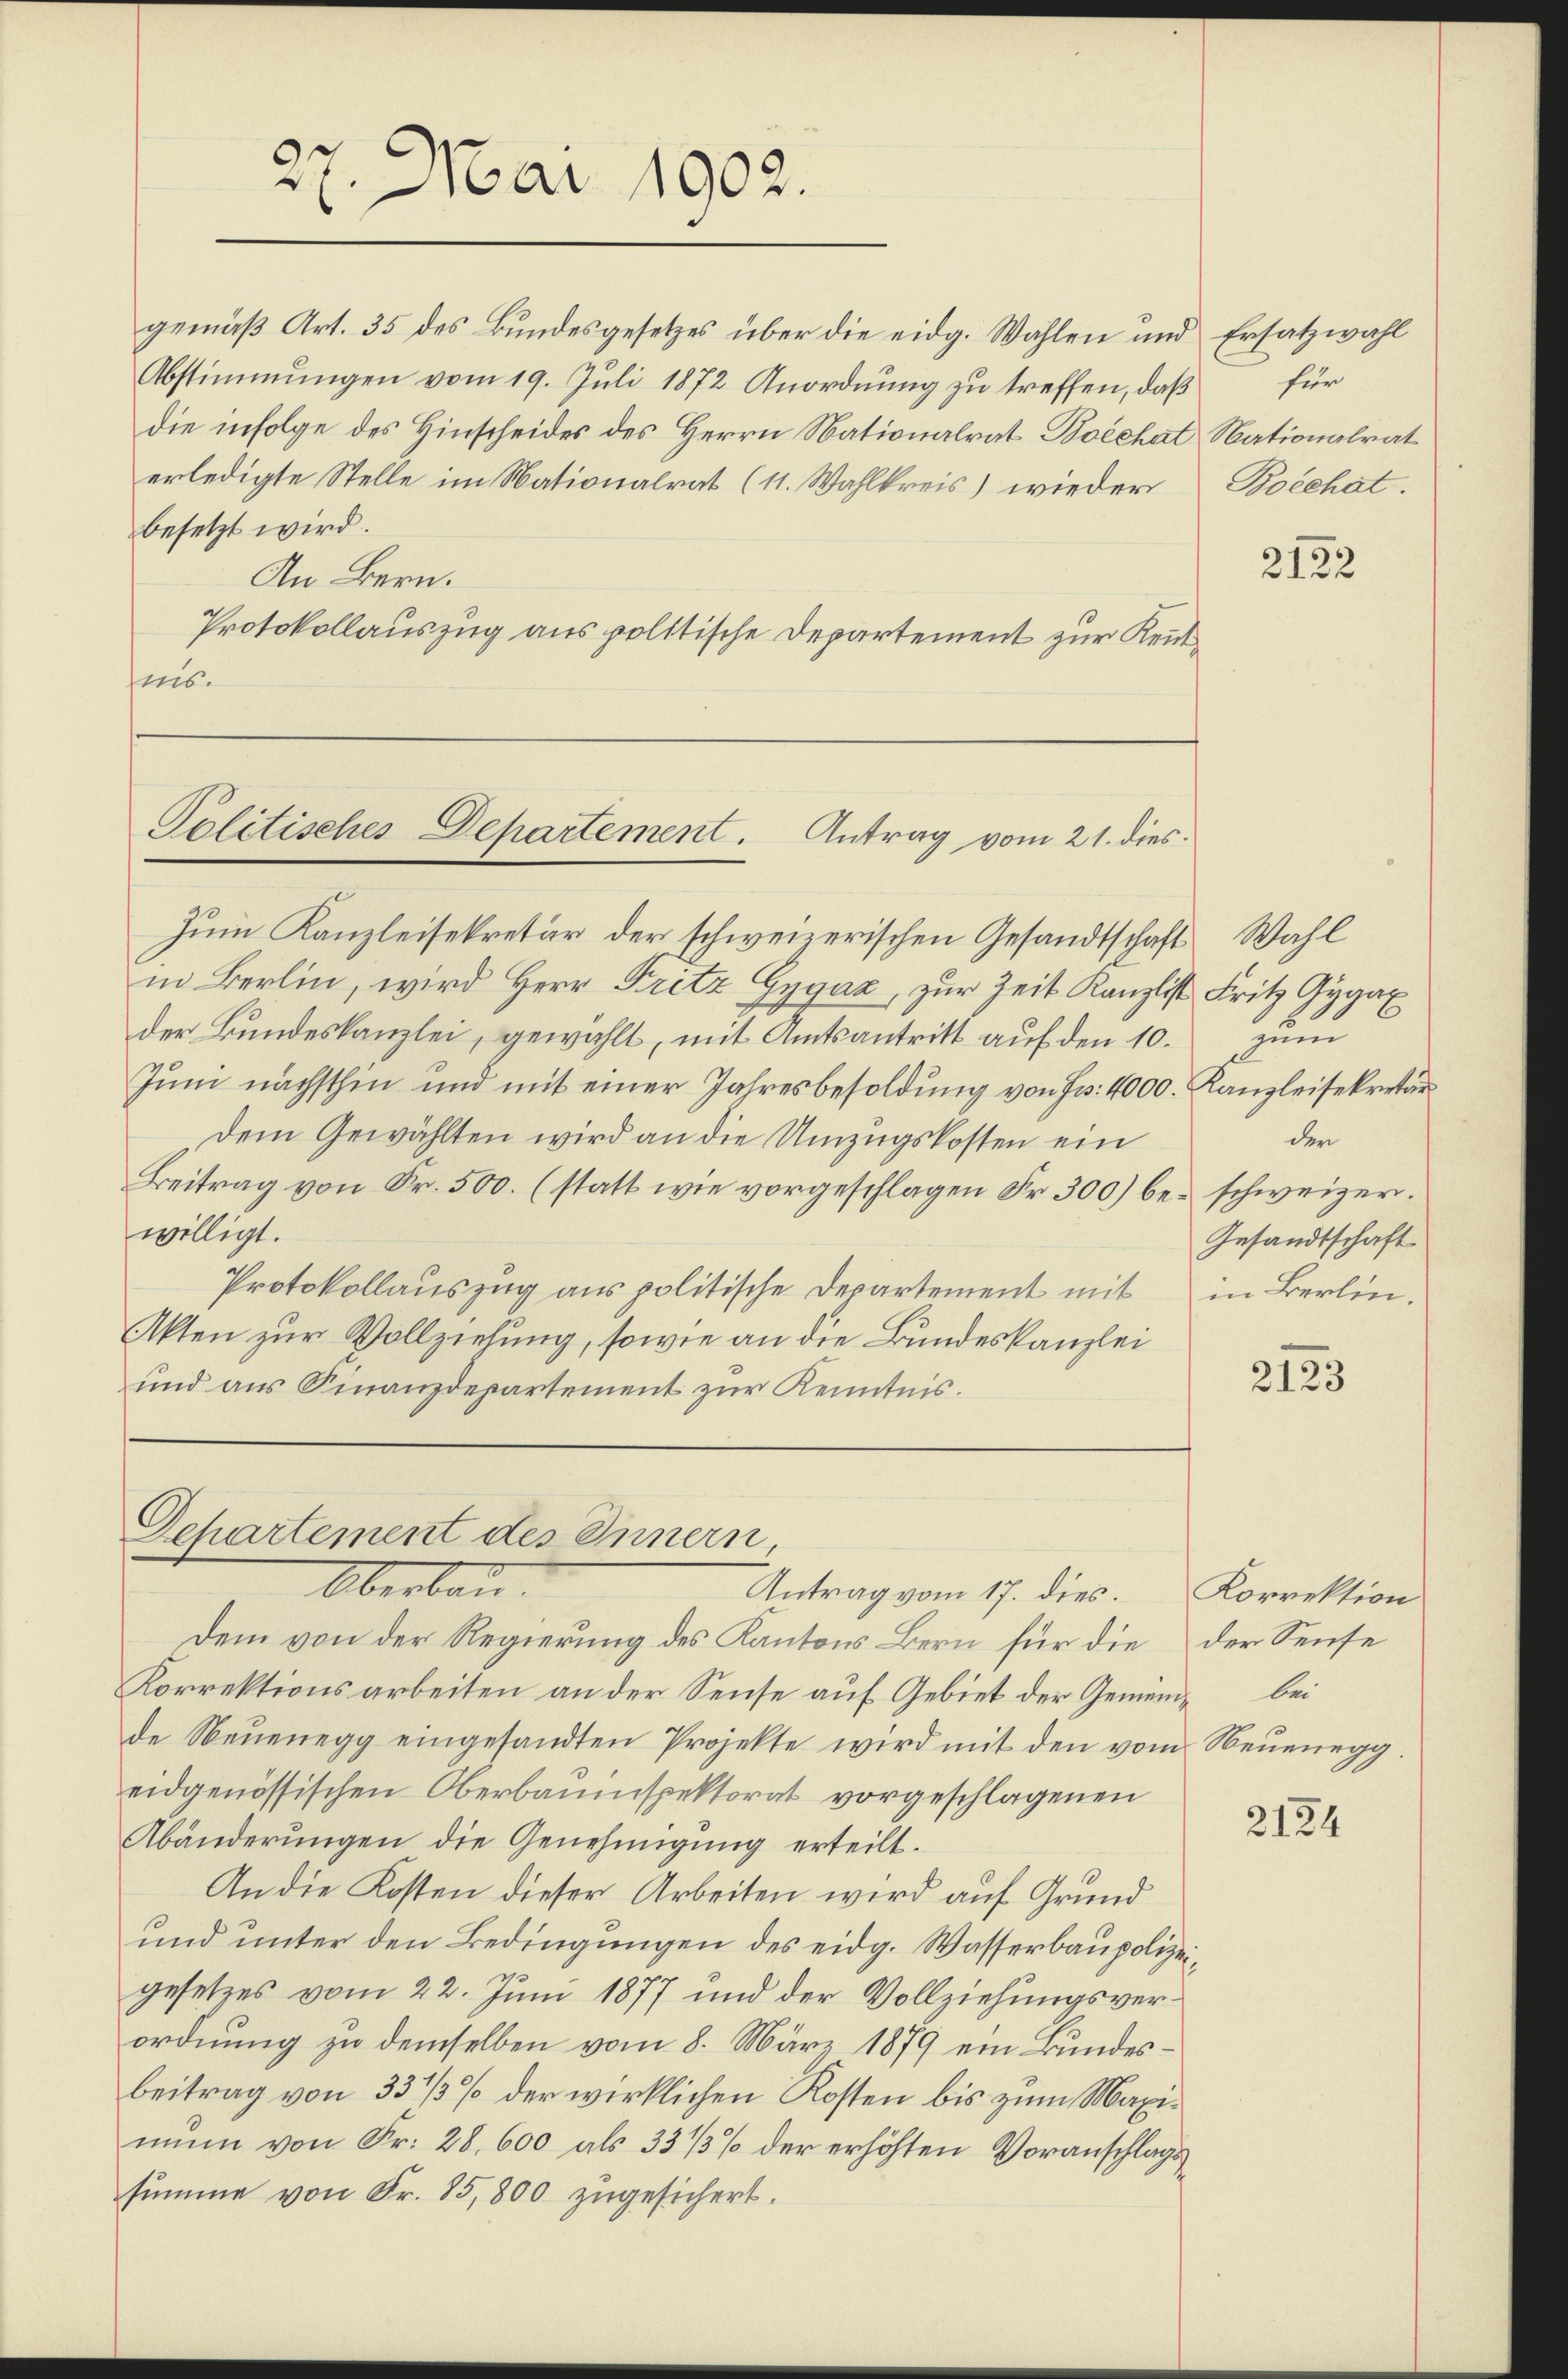
27. Mai 1902.

gemäß Art. 35 des Bundesgesetzes über die eidg. Wahlen und Ersatzwahl
Abstimmungen vom 19. Juli 1872 Anordnung zu treffen, daß für
die infolge des Hinscheides des Herrn Nationalrat Boèchat Nationalrat
erledigte Stelle im Nationalrat (11. Wahlkreis) wieder Borchat.
besetzt wird.
An Bern.
Protokollauszug aus politische Departement zur Kenntnis.

Politisches Departement. Antrag vom 21. dies

Departement des Innern
Oberbau.
Antrag vom 17. dies.

Zum Kanzleisekretär der schweizerischen Gesandtschaft Wahl
in Berlin, wird Herr Fritz Gygaz, zur Zeit Kanzlist Fritz Gygax
der Bundeskanzlei, gewählt, mit Amtsantritt aŭf den 10. zŭm
Juni nächsthin und mit einer Jahresbesoldung von Fr. 4000. Kanzleisekretär
dem Gewählten wird an die Umzugskosten ein
Beitrag von Fr. 500. (statt wie vorgeschlagen Fr. 300) be- schweizer.
willigt.
Protokollauszug aus politische Departement mit
Akten zur Vollziehung, sowie an die Bundeskanzlei
und aus Finanzdepartement zur Kenntnis.

Dem von der Regierung des Kantons Bern für die der Sense
Korrektionsarbeiten an der Sense auf Gebiet der Gemein bei
de Neŭenegg eingesandten Projekte wird mit den vom Neŭenegg.
eidgenössischen Oberbauinspektorat vorgeschlagenen
Abänderŭngen die Genehmigŭng erteilt.
An die Kosten dieser Arbeiten wird auf Grund
und unter den Bedingungen des eidg. Wasserbaupolizeigesetzes vom 22. Juni 1877 und der Vollziehungsverordnung zu demselben vom 8. März 1879 ein Bundesbeitrag von 33 1/3 % der wirklichen Kosten bis zum Maximum von Fr. 28. 600 als 33 1/3 % der erhöhten Voranschlagssŭmme von Fr. 85,800 zŭgesichert.

2122

der
Gesandtschaft
in Berlin.

2123

Korrektion

2124